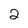
Character: 2